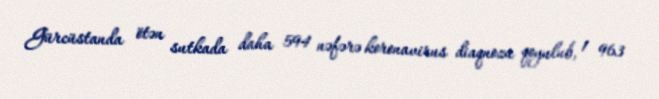
Gürcüstanda ötən sutkada daha 594 nəfərə koronavirus diaqnozu qoyulub, 1 963